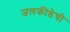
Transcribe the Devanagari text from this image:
जलक्रीडेची